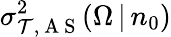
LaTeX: \sigma_{\mathcal{T},\mathrm{{~A~S~}}}^{2}(\Omega\, |\, n_{0})